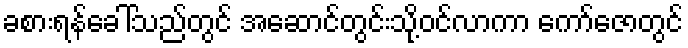
ခစားရန်ခေါ်သည်တွင် အဆောင်တွင်းသို့ဝင်လာကာ ကော်ဇောတွင်